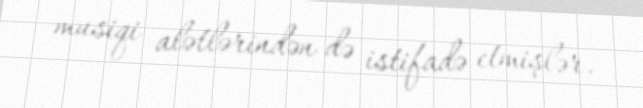
musiqi alətlərindən də istifadə etmişlər.